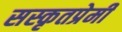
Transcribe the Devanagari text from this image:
सस्कृतप्रेमी